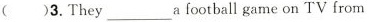
()3.They_afootball game on TV from